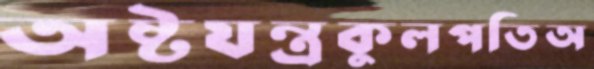
অষ্টযন্ত্রকুলপতিঅ